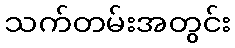
သက်တမ်းအတွင်း